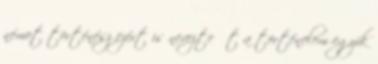
német történész ezért is nevezte őt a történelem egyik